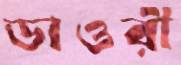
ডাওরী